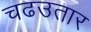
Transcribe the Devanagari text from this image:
चढउतार